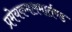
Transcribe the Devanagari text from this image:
प्रमेयकमलमार्तण्ड